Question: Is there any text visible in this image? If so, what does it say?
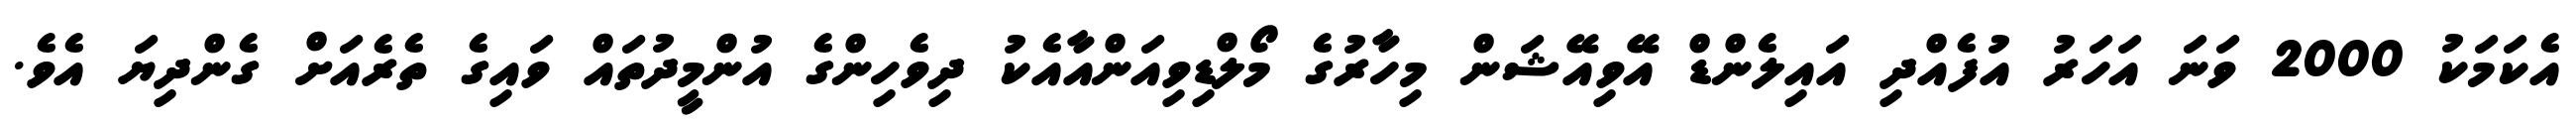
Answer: އެކަމަކު 2000 ވަނަ އަހަރު އުފެއްދި އައިލެންޑް އޭވިއޭޝަން މިހާރުގެ މޯލްޑިވިއަންއާއެކު ދިވެހިންގެ އުންމީދުތައް ވައިގެ ތެރެއަށް ގެންދިޔަ އެވެ.